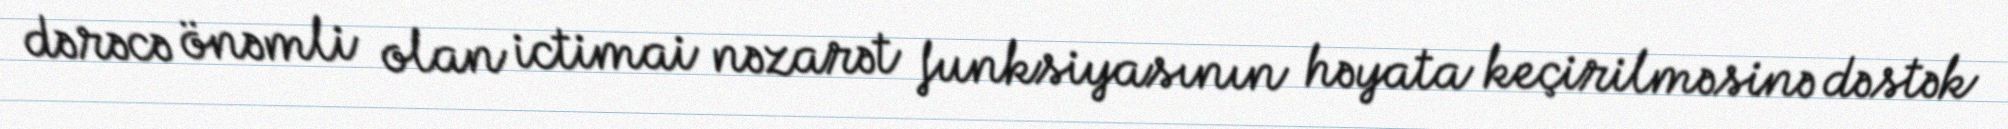
dərəcə önəmli olan ictimai nəzarət funksiyasının həyata keçirilməsinə dəstək